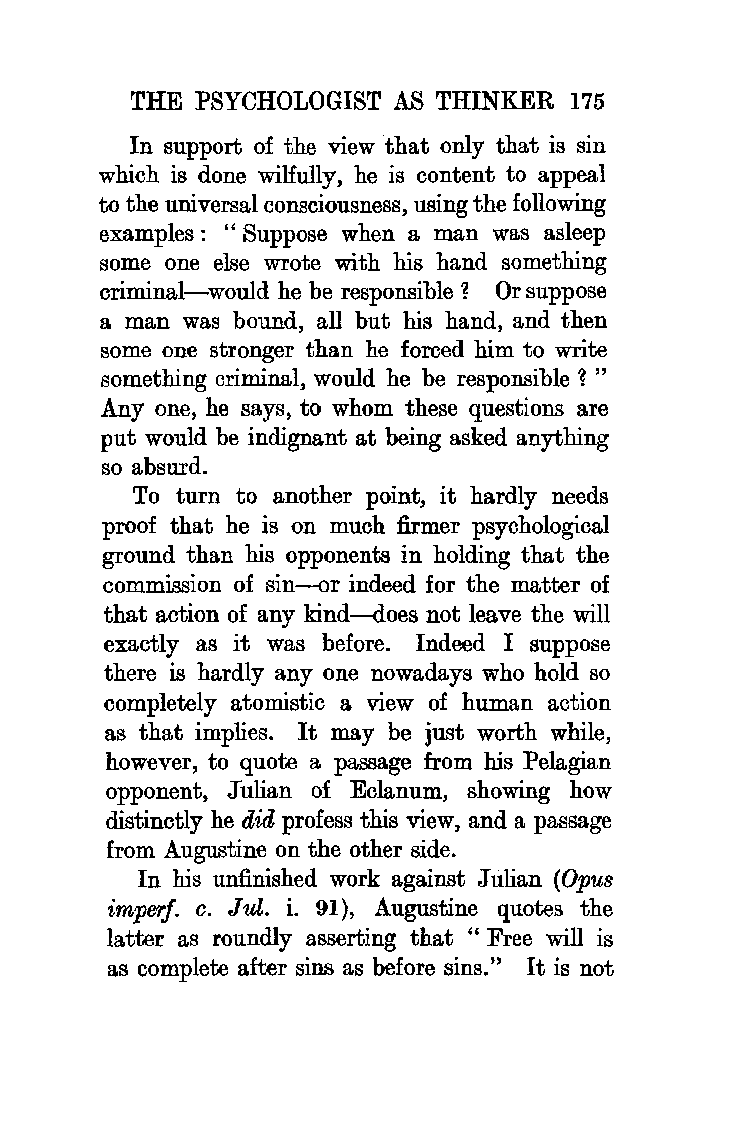
THE PSYCHOLOGIST AS THINKER  175
 In support of the view that only that is sin
 which is done wilfully, he is content to appeal
 to the universal consciousness, using the following
 examples : " Suppose when a man was asleep
 some one else wrote with his hand something
 criminal-would he be responsible 1 Or suppose
 a man was bound, all but his hand, and then
 some one stronger than he forced him to write
 something criminal, would he be responsible 1 "
 Any one, he says, to whom these questions are
 put would be indignant at being asked anything
 so absurd.
 To turn to another point, it hardly needs
 proof that he is on much firmer psychological
 ground than his opponents in holding that the
 commission of sin-or indeed for the matter of
 that action of any kind-does not leave the will
 exactly as it was before. Indeed I suppose
 there is hardly any one nowadays who hold so
 completely atomistic a view of human action
 as that implies. It may be just worth while,
 however, to quote a passage from his Pelagian
 opponent, Julian of Eclanum, showing how
 distinctly he did profess this view, and a passage
 from Augustine on the other side.
 In his unfinished work against Julian (O pus
 imperf. c. Jul. i. 91 ), Augustine quotes the
 latter as roundly asserting that "Free will is
 as complete after sins as before sins." It is not